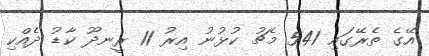
އޭގެ ތެރޭގައި 541 މެޗު ކުޅުނު އިރު 11 ރީނދޫ ކާޑު ދެއްކި